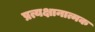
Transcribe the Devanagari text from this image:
प्रत्यक्षानात्मक